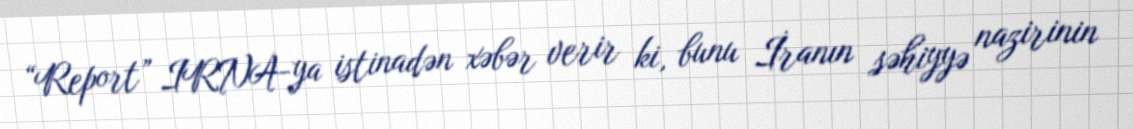
“Report” IRNA-ya istinadən xəbər verir ki, bunu İranın səhiyyə nazirinin